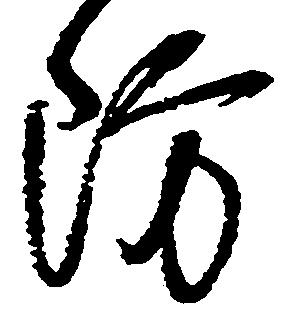
防